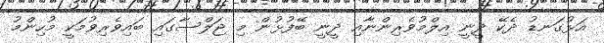
އަޅުގަނޑު ދެކޭ ދީނީ އިލްމުވެރިންނާއި ދީނީ ބޭފުޅުން މި ޖަލްސާގައި ބައިވެރިވުމަކީ މުހިންމު